Civil Veterinary Dept. Bombay admin report 1900-1906 - 1900-1906
Year: 1900
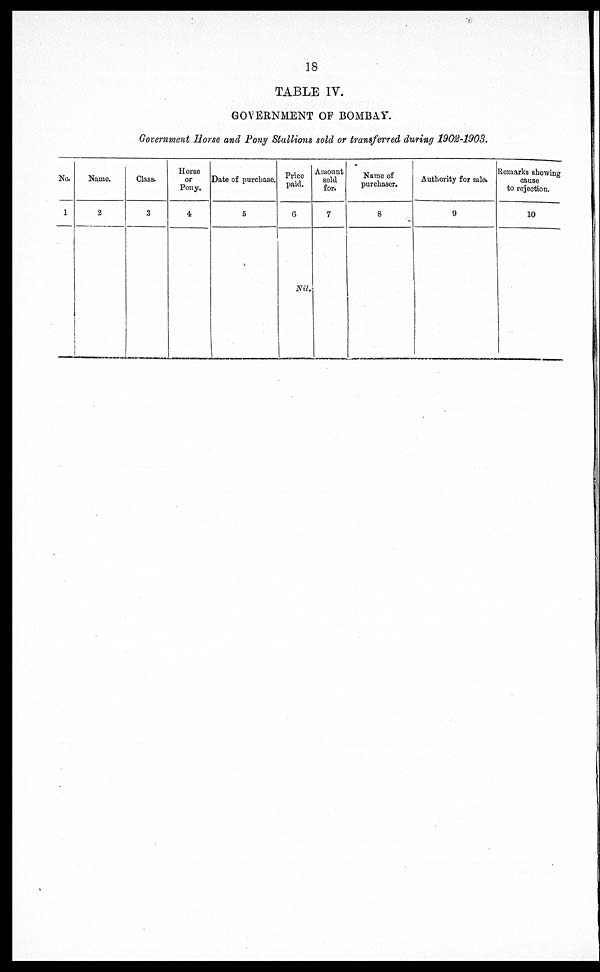
18
TABLE IV.
GOVERNMENT OP BOMBAY.
Government Horse and Pony Stallions sold or transferred during 1902-1903.
No.
1
Name.
2
Class.
3
Horse
or
Pony.
4
Date of purchase.
5
Price
paid.
6
Nil.
Amount
sold
for.
7
Name of
purchaser.
8
Authority for sale.
9
Remarks showing
cause
to rejection.
10